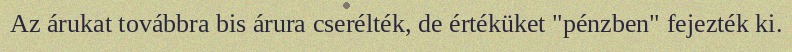
Az árukat továbbra bis árura cserélték, de értéküket "pénzben" fejezték ki.